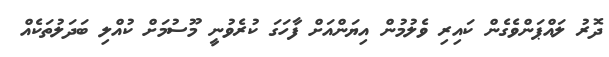
ދޮރު ލައްޕަންވެގެން ކައިރި ވެލުމުން އިޔަންއަށް ފާހަގަ ކުރެވުނީ މޫސުމަށް ކުއްލި ބަދަލުތަކެއް